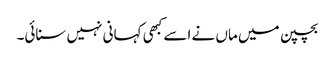
بچپن میں ماں نے اسے کبھی کہانی نہیں سنائی۔